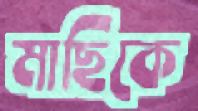
মাছিকে